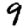
Digit: 9